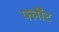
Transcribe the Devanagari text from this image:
फ्लींट